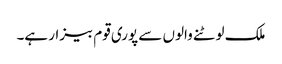
ملک لوٹنے والوں سے پوری قوم بیزار ہے۔